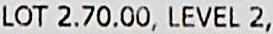
LOT 2.70.00, LEVEL 2,